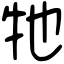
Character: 牠